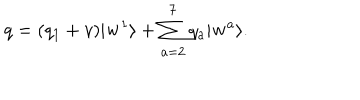
q = ( q _ { 1 } + v ) | \mathbf { w } ^ { 1 } \rangle + \sum _ { a = 2 } ^ { 7 } { q _ { a } | \mathbf { w } ^ { a } \rangle } .